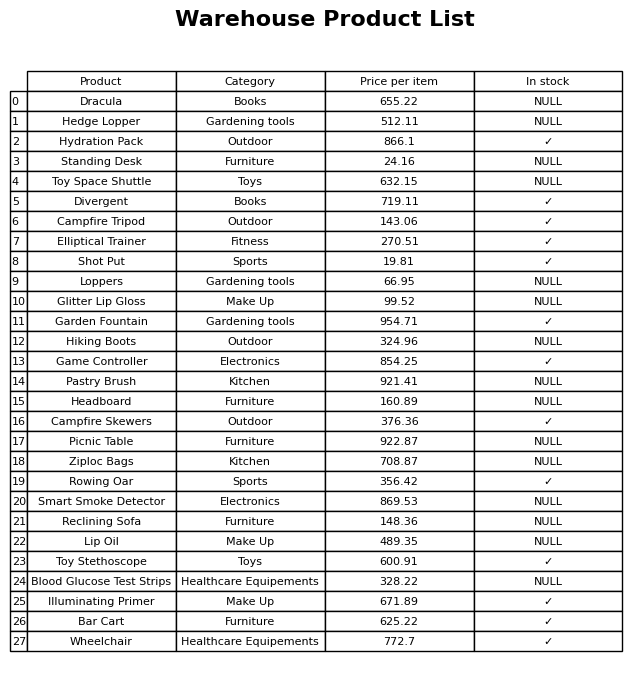
question: What is the price for Toy Space Shuttle?
answer: The price of Toy Space Shuttle is 632.15.